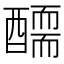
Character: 𨢾